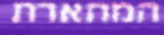
המתארת